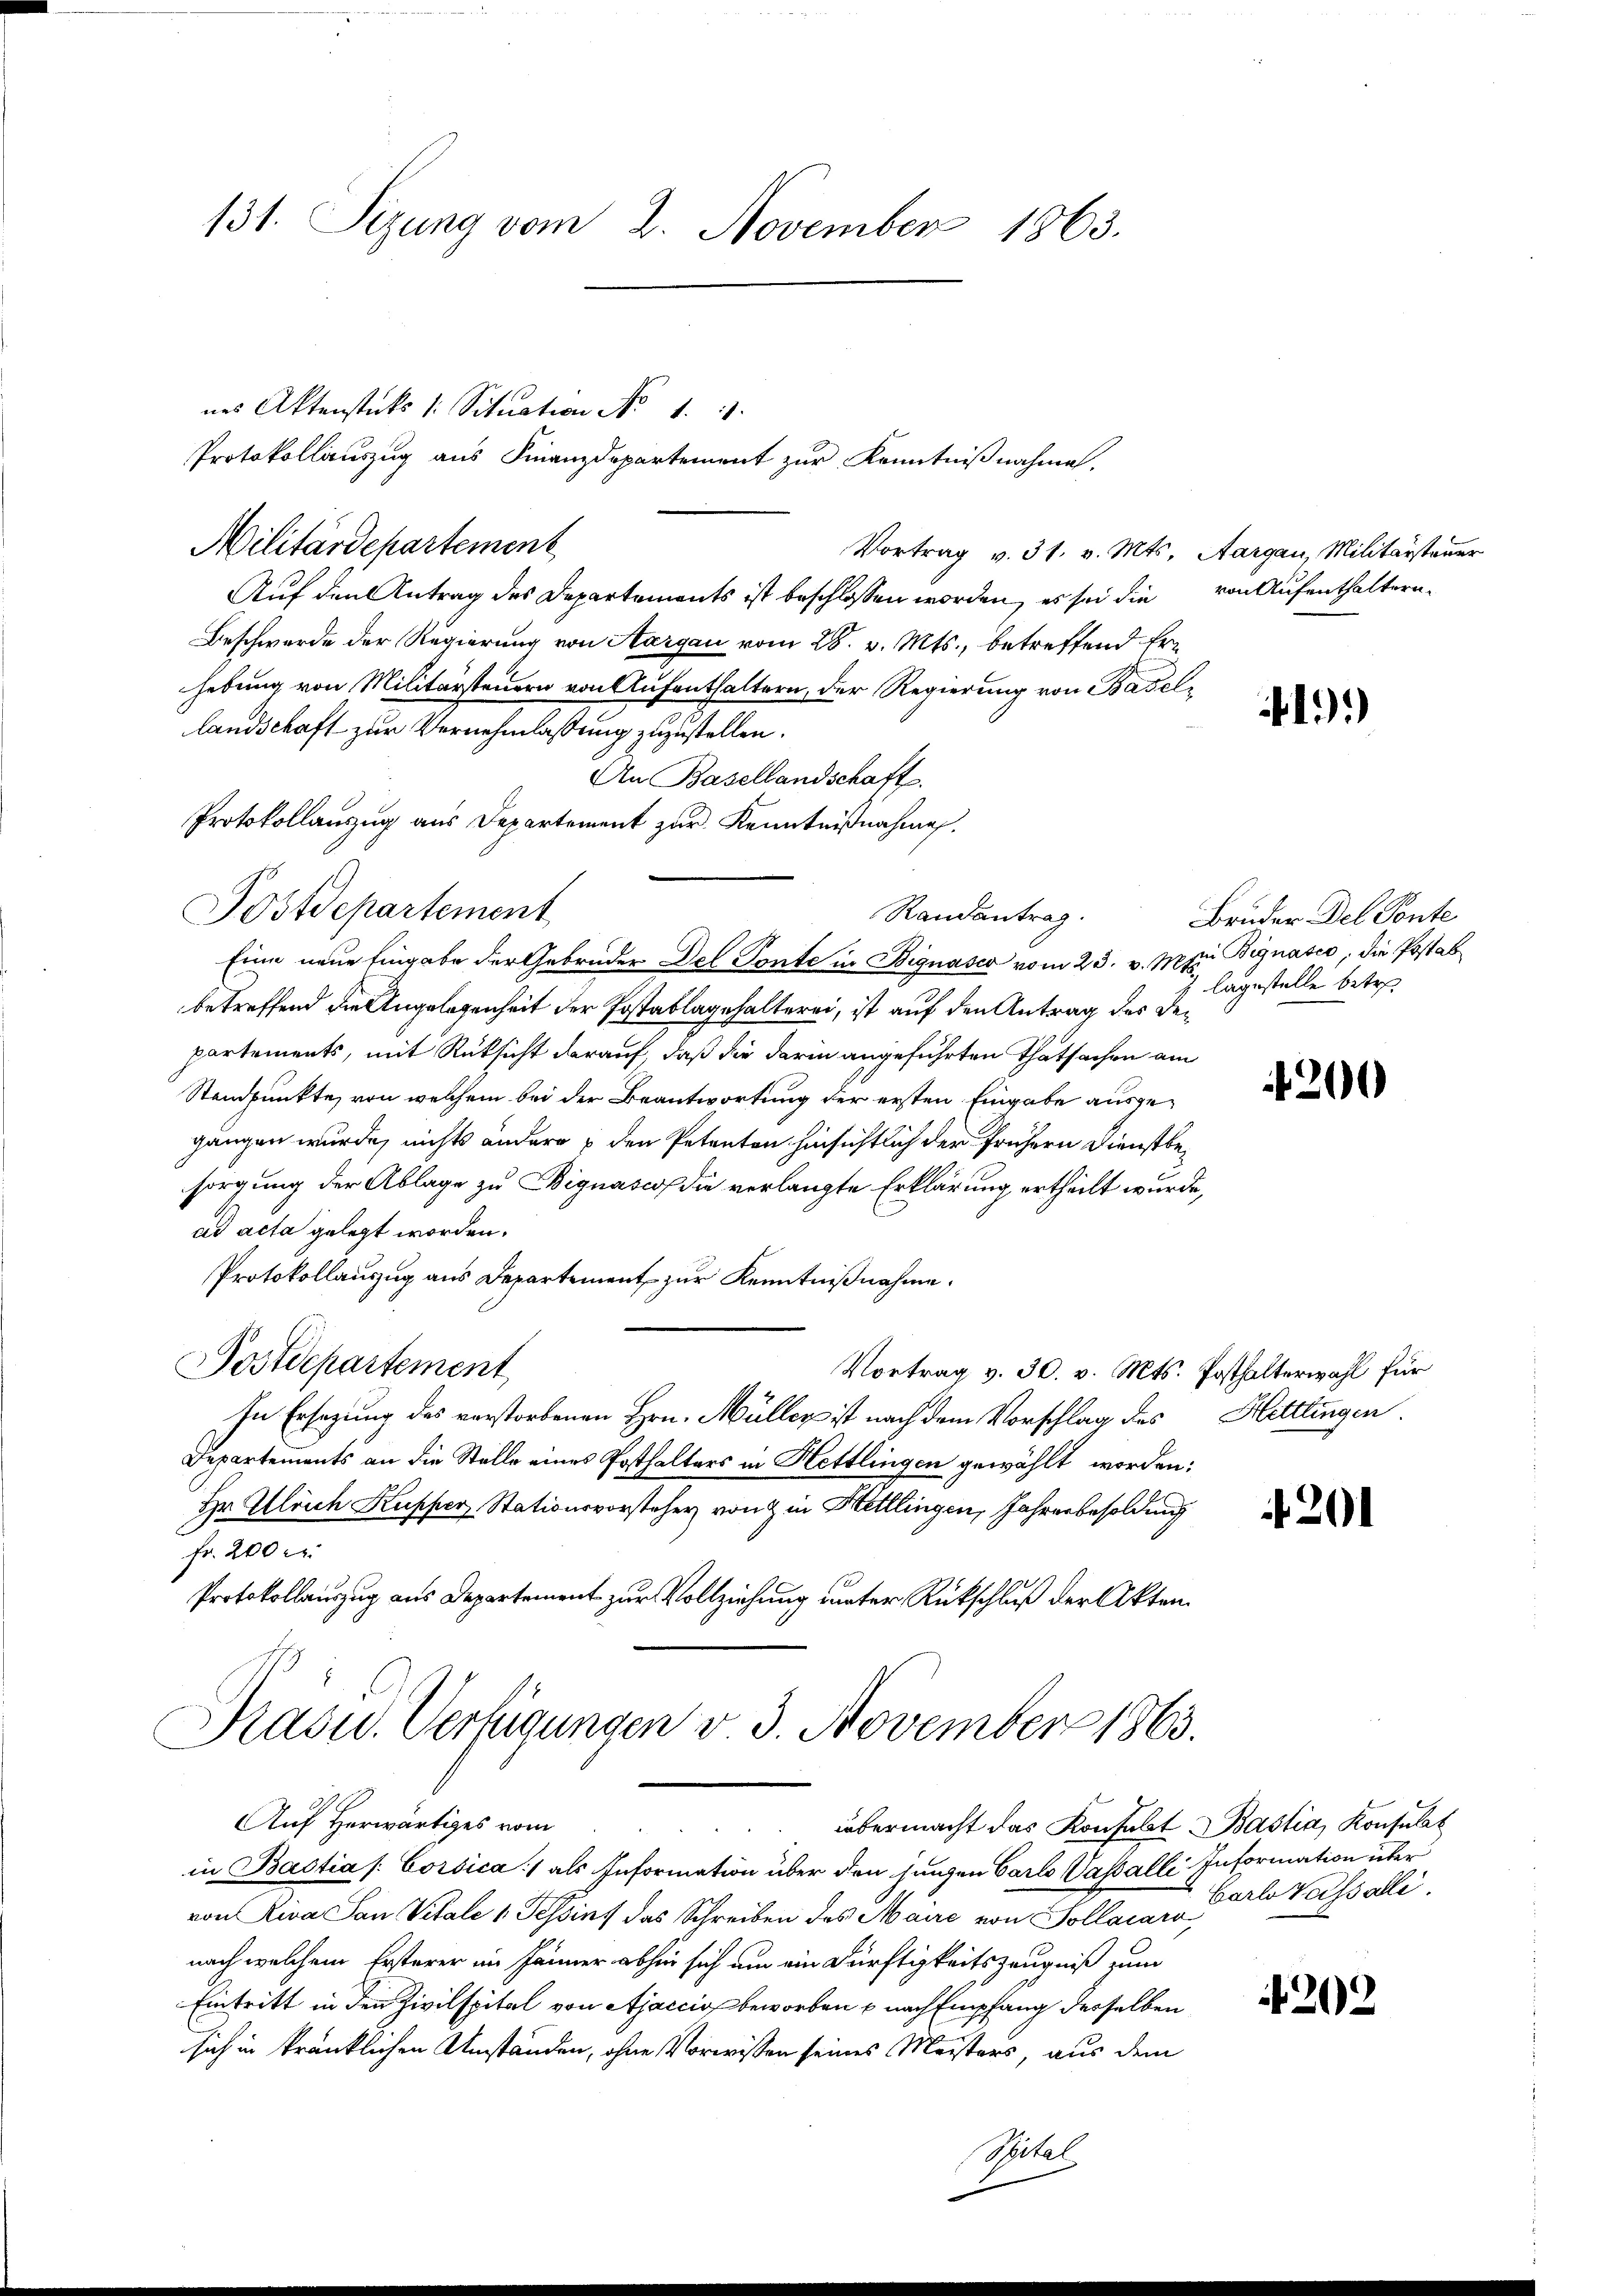
131. Sezung vom 2. November 1863.

Protokollauszug aus Finanzdepartement zur Kenntnißnahme.
Militärdepartement
Vortrag v. 31. v. Mts. Aargau, Militärsteuer
Auf den Antrag des Departements ist beschlossen worden, es sei die von Aufenthaltern
Beschwerde der Regierung von Aargau vom 28. v. Mts., betreffend Erhebung von Militärsteuern von Aufenthaltern, der Regierung von Basellandschaft zur Vernehmlassung zuzustellen.
An Basellandschaft.
Protokollauszug aus Departement zur Kenntnißnahmen.
Eine neue Eingabe der Gebrüder Del Ponte in Bignasco vom 23. v. Mpi Bignasco, die Post abbetreffend die Angelegenheit der Postablagehalterei, ist auf den Antrag des Departements, mit Rüksicht darauf, daß die darin angeführten Thatsachen am
Standpunkte, von welchem bei der Beantwortung der ersten Eingabe ausgegängen wurde, nichts andere u den Petenten hinsichtlich der frühern Dienstbesorgung der Ablage zu Bignasco die verlangte Erklärung ertheilt wurde,
ad acta gelegt worden.
Protokollauszug aus Departement zur Kenntnißnahme.
Postdepartement,
Vortrag v. 30. v. Mts. Posthalterwahl für
In Ersezung des verstorbenen Hrn. Müller ist nach dem Vorschlag des Hettlingen
Departements an die Stelle eines Posthalters in Hettlingen gewählt worden;
Hr Ulrich Kupper Stationsvorsteher von & in Hettlingen, Jahresbesoldung
fr. 200 l.
Protokollauszug aus Departement zur Vollziehung unter Rückschluß der Akten.

nes Aktenstücks /: Situation No 1.

Postdepartement

Auf Herwärtiges vom
übermacht das Konfelst Bastia, Konsulat
in Bastia /: Corsica:/ als Information über den jungen Carlo Vasalli Information über
von Riva San Vitale 1 Tessin, das Schreiben des Maire von Sollacaro,
nach welchem Ersterer im Jänner abhin sich um ein Dürftigkeitszeugniß zum
Eintritt in den Zivilspital von Ajaccios beworben u nach Empfang derselben
sich in kränklichen Umständen, ohne Vorwissen seines Meisters, aus dem
Spital

Randantrag.

Präsid. Verfügungen v. 3. November 1863.

13)

Bruder Del Ponte
lagestelle betre

200

4201

Carl Kassalli

202